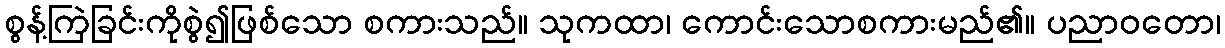
စွန့်ကြဲခြင်းကိုစွဲ၍ဖြစ်သော စကားသည်။ သုကထာ၊ ကောင်းသောစကားမည်၏။ ပညာဝတော၊